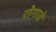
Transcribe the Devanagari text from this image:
रोगावे